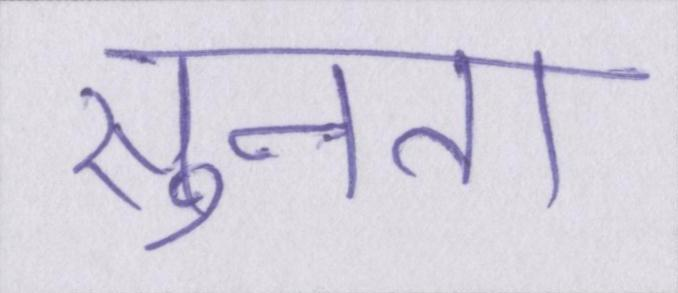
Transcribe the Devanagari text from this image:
सुनता